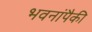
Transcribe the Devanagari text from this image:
भवनांपैकी